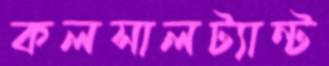
কলসালট্যান্ট